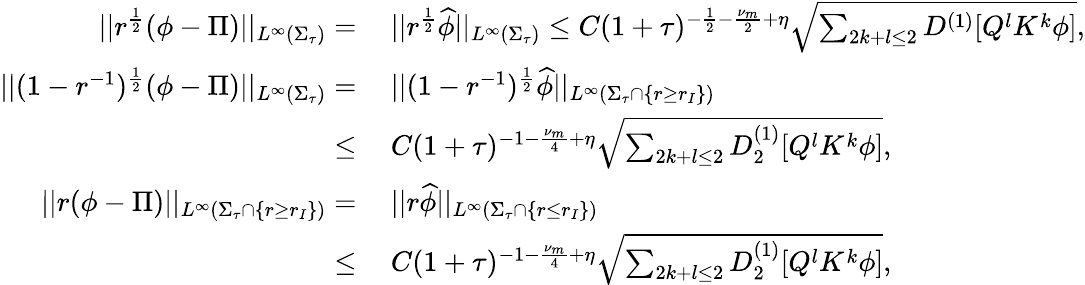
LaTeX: \begin{array}{rl}{||r^{\frac{1}{2}}(\phi-\Pi)||_{L^{\infty}(\Sigma_{\tau})}=}&{\: ||r^{\frac{1}{2}}\widehat{\phi}||_{L^{\infty}(\Sigma_{\tau})}\leq C(1+\tau)^{-\frac{1}{2}-\frac{\nu_{m}}{2}+\eta}\sqrt{\sum_{2k+l\leq 2}D^{(1)}[Q^{l}K^{k}\phi]},}\\ {||(1-r^{-1})^{\frac{1}{2}}(\phi-\Pi)||_{L^{\infty}(\Sigma_{\tau})}=}&{\: ||(1-r^{-1})^{\frac{1}{2}}\widehat{\phi}||_{L^{\infty}(\Sigma_{\tau}\cap\{ r\geq r_{I}\} )}}\\ {\leq}&{\: C(1+\tau)^{-1-\frac{\nu_{m}}{4}+\eta}\sqrt{\sum_{2k+l\leq 2}D_{2}^{(1)}[Q^{l}K^{k}\phi]},}\\ {||r(\phi-\Pi)||_{L^{\infty}(\Sigma_{\tau}\cap\{ r\geq r_{I}\} )}=}&{\: ||r\widehat{\phi}||_{L^{\infty}(\Sigma_{\tau}\cap\{ r\leq r_{I}\} )}}\\ {\leq}&{\: C(1+\tau)^{-1-\frac{\nu_{m}}{4}+\eta}\sqrt{\sum_{2k+l\leq 2}D_{2}^{(1)}[Q^{l}K^{k}\phi]},}\end{array}